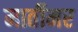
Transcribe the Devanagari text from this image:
मार्तीमर